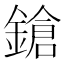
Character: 鎗